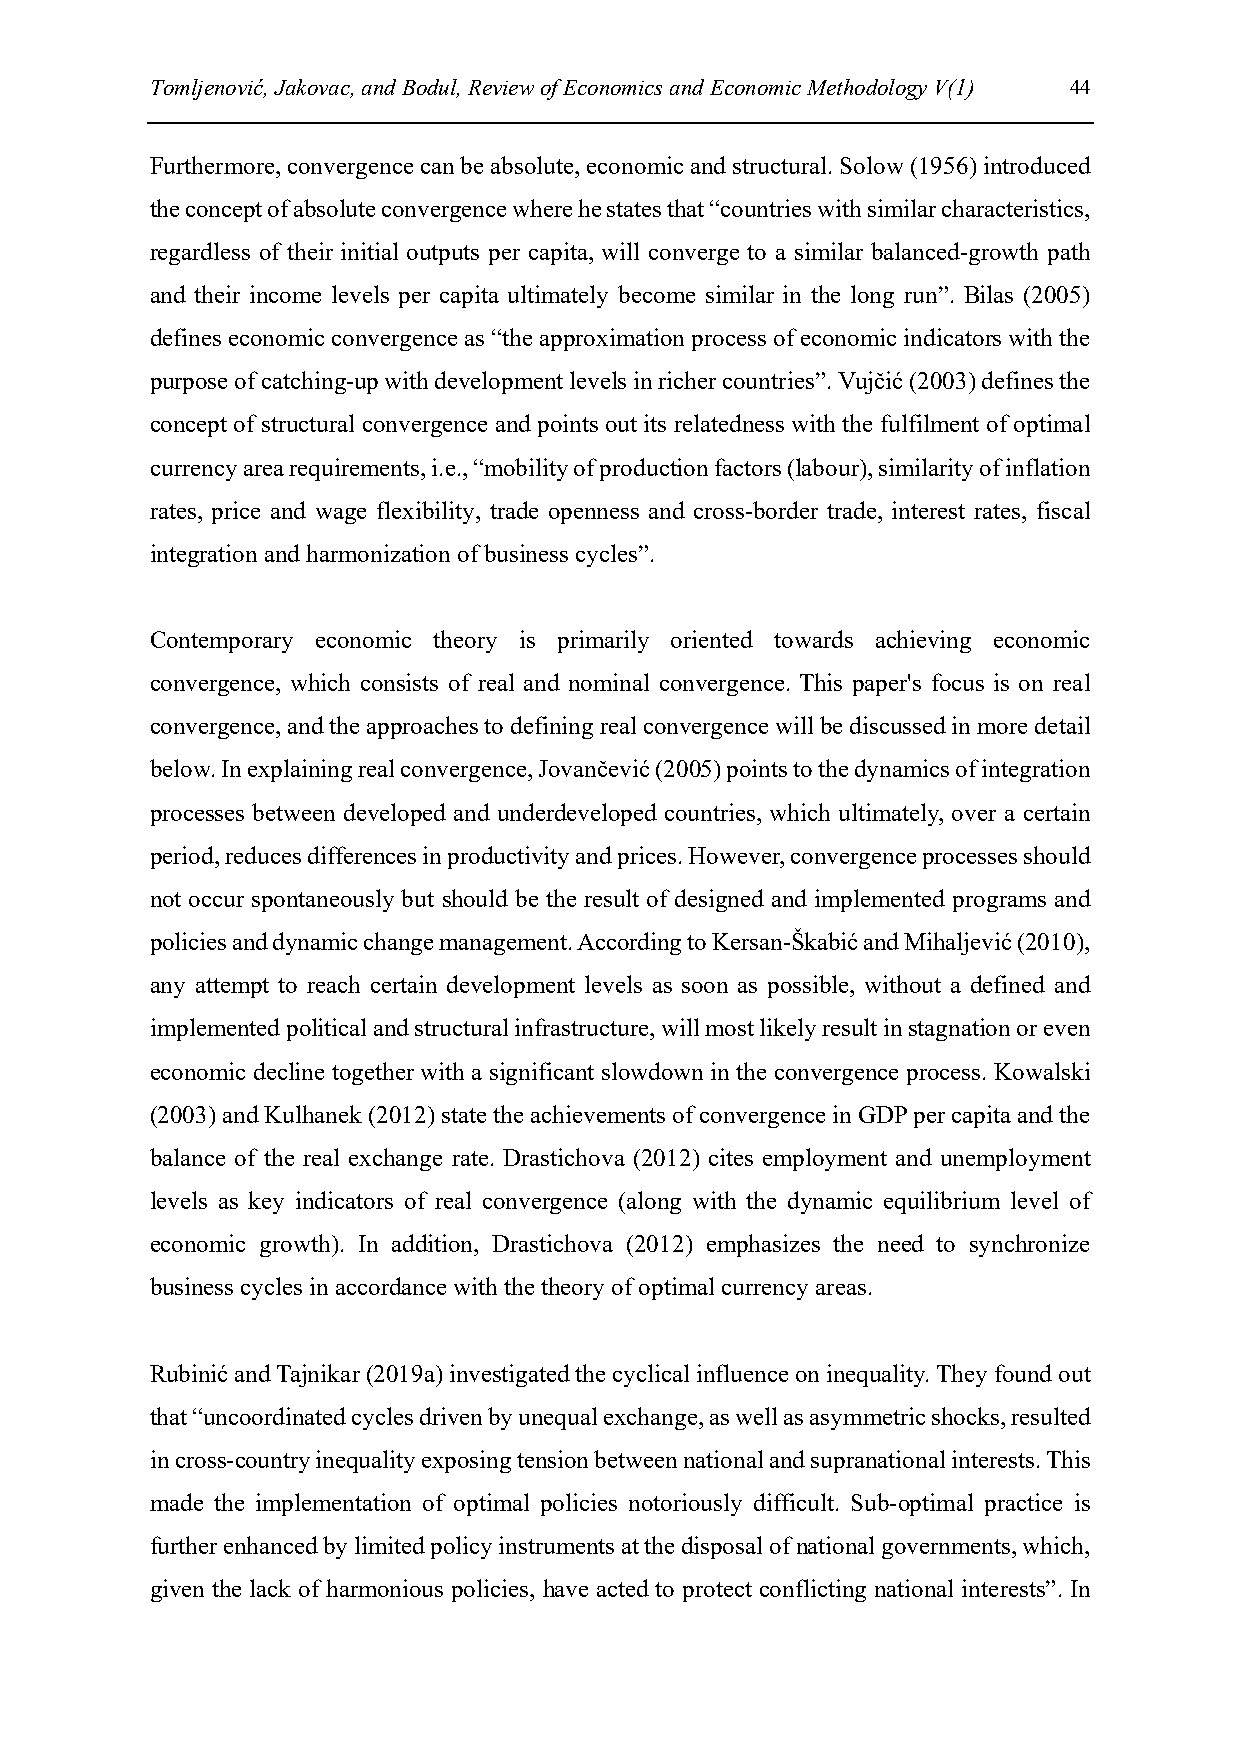
Tomljenović, Jakovac, and Bodul, Review of Economics and Economic Methodology V(1) 44
 Furthermore, convergence can be absolute, economic and structural. Solow (1956) introduced
 the concept of absolute convergence where he states that “countries with similar characteristics,
 regardless of their initial outputs per capita, will converge to a similar balanced‐growth path
 and their income levels per capita ultimately become similar in the long run”. Bilas (2005)
 defines economic convergence as “the approximation process of economic indicators with the
 purpose of catching-up with development levels in richer countries”. Vujčić (2003) defines the
 concept of structural convergence and points out its relatedness with the fulfilment of optimal
 currency area requirements, i.e., “mobility of production factors (labour), similarity of inflation
 rates, price and wage flexibility, trade openness and cross-border trade, interest rates, fiscal
 integration and harmonization of business cycles”.
 Contemporary economic theory is primarily oriented towards achieving economic
 convergence, which consists of real and nominal convergence. This paper's focus is on real
 convergence, and the approaches to defining real convergence will be discussed in more detail
 below. In explaining real convergence, Jovančević (2005) points to the dynamics of integration
 processes between developed and underdeveloped countries, which ultimately, over a certain
 period, reduces differences in productivity and prices. However, convergence processes should
 not occur spontaneously but should be the result of designed and implemented programs and
 policies and dynamic change management. According to Kersan-Škabić and Mihaljević (2010),
 any attempt to reach certain development levels as soon as possible, without a defined and
 implemented political and structural infrastructure, will most likely result in stagnation or even
 economic decline together with a significant slowdown in the convergence process. Kowalski
 (2003) and Kulhanek (2012) state the achievements of convergence in GDP per capita and the
 balance of the real exchange rate. Drastichova (2012) cites employment and unemployment
 levels as key indicators of real convergence (along with the dynamic equilibrium level of
 economic growth). In addition, Drastichova (2012) emphasizes the need to synchronize
 business cycles in accordance with the theory of optimal currency areas.
 Rubinić and Tajnikar (2019a) investigated the cyclical influence on inequality. They found out
 that “uncoordinated cycles driven by unequal exchange, as well as asymmetric shocks, resulted
 in cross-country inequality exposing tension between national and supranational interests. This
 made the implementation of optimal policies notoriously difficult. Sub-optimal practice is
 further enhanced by limited policy instruments at the disposal of national governments, which,
 given the lack of harmonious policies, have acted to protect conflicting national interests”. In